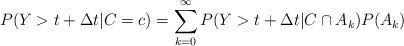
LaTeX: \begin{align*} P(Y> t+ \Delta t | C=c) = \sum_{k=0}^{\infty}P(Y > t+ \Delta t|C \cap A_{k})P(A_{k}) \end{align*}